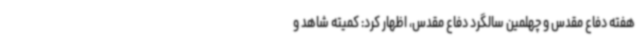
هفته دفاع مقدس و چهلمین سالگرد دفاع مقدس، اظهار کرد: کمیته شاهد و